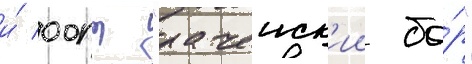
и́ оопт "рачеиск'ии бо́р"